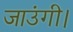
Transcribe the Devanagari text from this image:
जाउंगी।